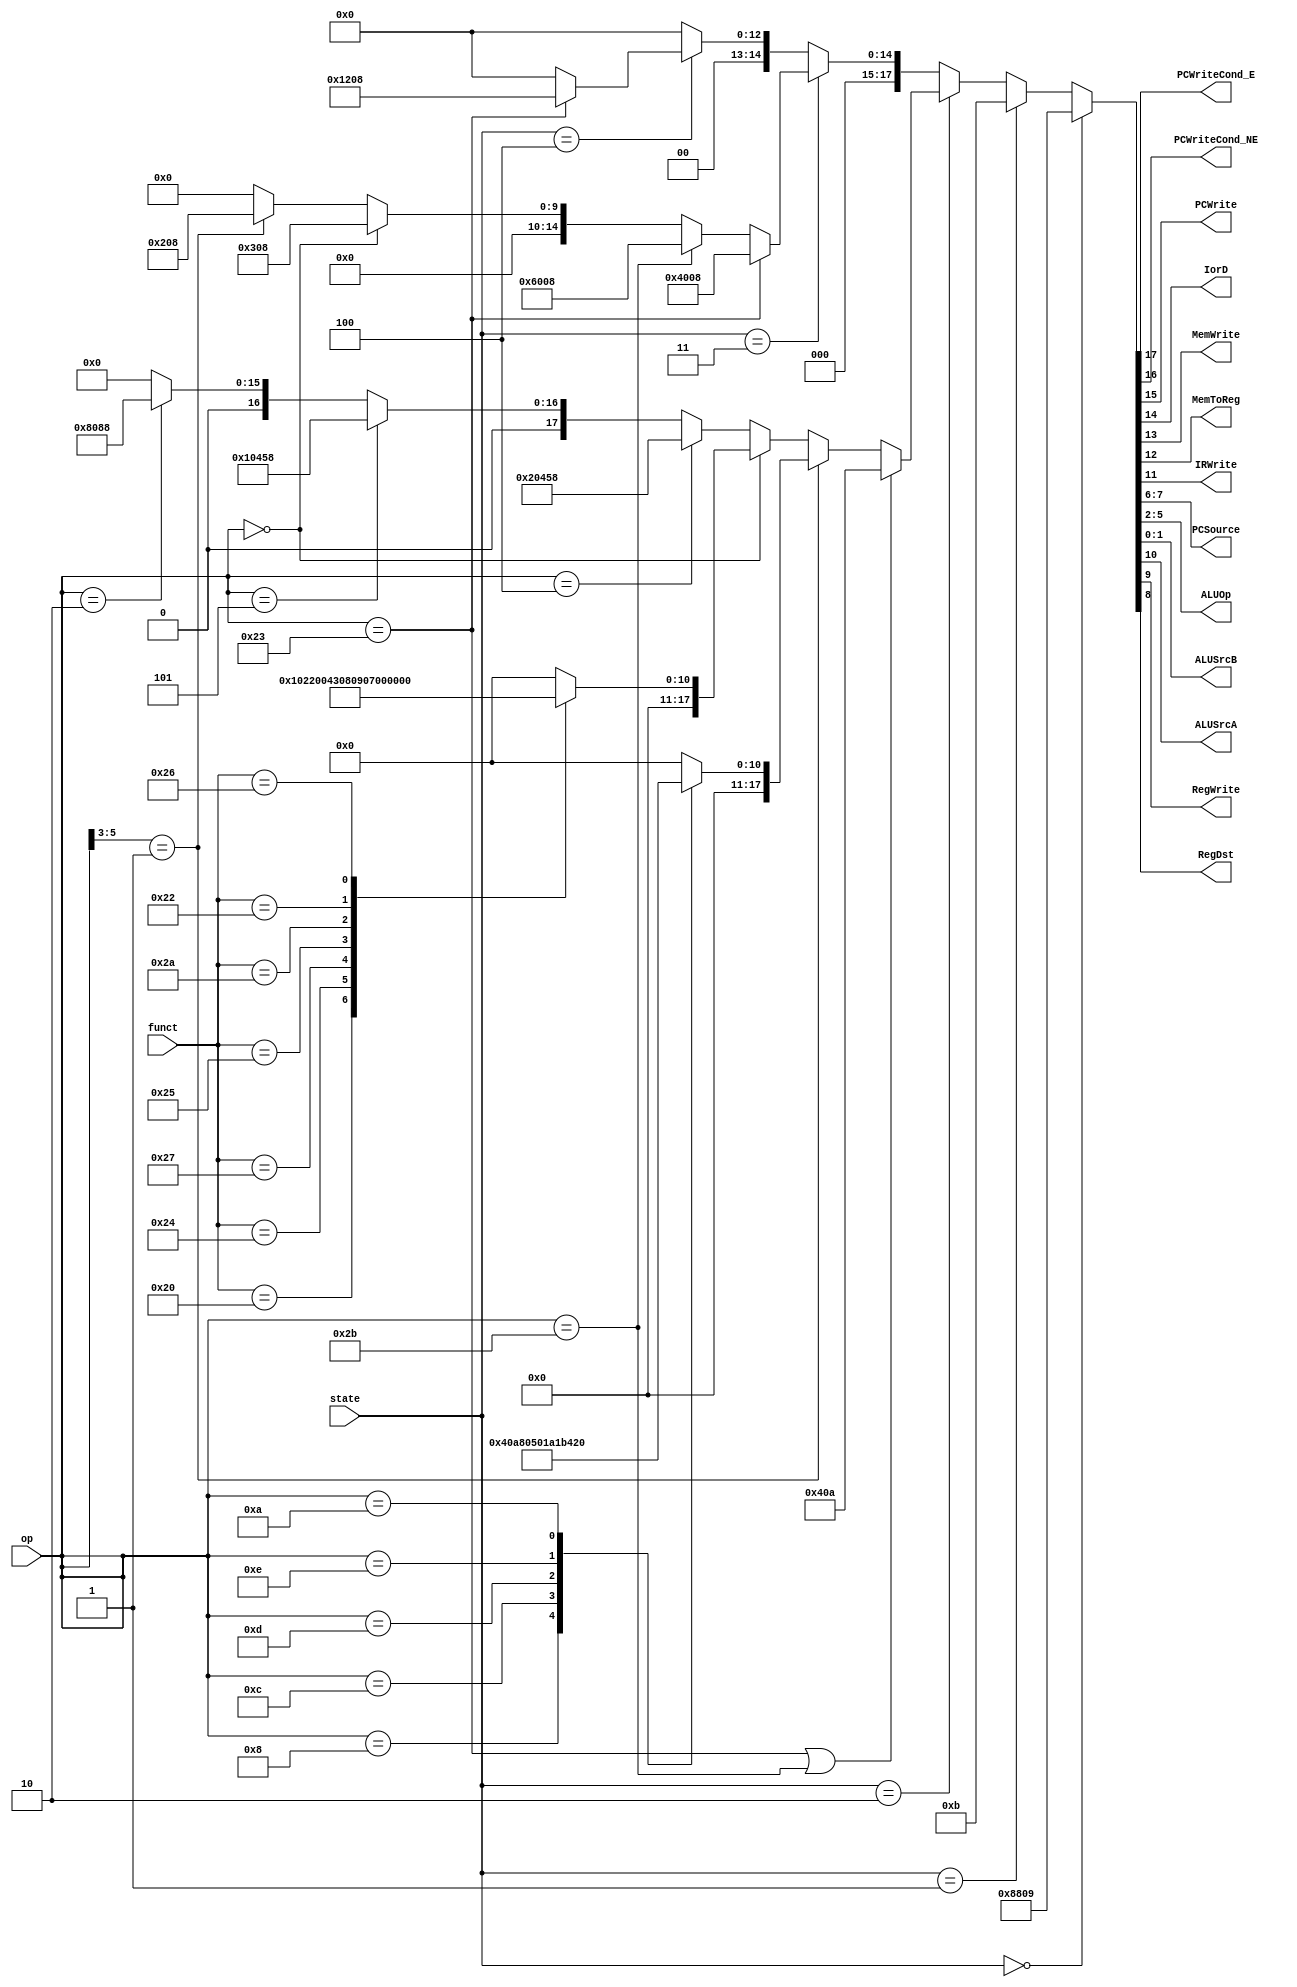
`timescale 1ns / 1ps
//////////////////////////////////////////////////////////////////////////////////
// Company: 
// Engineer: 
// 
// Design Name: 
// Module Name: Control_Unit
// Project Name: 
// Target Devices: 
// Tool Versions: 
// Description: 
// 
// Dependencies: 
// 
// Revision:
// Revision 0.01 - File Created
// Additional Comments:
// 
//////////////////////////////////////////////////////////////////////////////////


module Control_Unit(
    input [5:0]op,
    input [5:0]funct,
    input [2:0]state,
    output PCWriteCond_E,PCWriteCond_NE,PCWrite,IorD,MemWrite,MemToReg,IRWrite,
    output [1:0]PCSource,
    output [3:0]ALUOp,
    output [1:0]ALUSrcB,
    output ALUSrcA,RegWrite,RegDst
    );
    
    parameter I=3'b000;
    parameter II=3'b001;
    parameter III=3'b010;
    parameter IV=3'b011;
    parameter V=3'b100;
    
    parameter AND=4'b0000;
    parameter OR=4'b0001;
    parameter ADD=4'b0010;
    parameter SUB=4'b0110;
    parameter SLT=4'b0111;
    parameter NOR=4'b1100;
    parameter XOR=4'b1101;
    
    parameter ADD_f=6'b100000;
    parameter AND_f=6'b100100;
    parameter NOR_f=6'b100111;
    parameter OR_f=6'b100101;
    parameter SLT_f=6'b101010;
    parameter XOR_f=6'b100110;
    parameter SUB_f=6'b100010;
    
    parameter SW=6'b101011;
    parameter LW=6'b100011;
    parameter Rtype=6'b000000;
    parameter BEQ=6'b000100;
    parameter BNE=6'b000101;
    parameter J=6'b000010;
    parameter ADDI=6'b001000;
    parameter ANDI=6'b001100;
    parameter ORI=6'b001101;
    parameter XORI=6'b001110;
    parameter SLTI=6'b001010;
    parameter Imm=3'b001;
    
    reg  [17:0]signal;
    assign {PCWriteCond_E,PCWriteCond_NE,PCWrite,IorD,MemWrite,MemToReg,IRWrite,ALUSrcA,RegWrite,RegDst,PCSource,ALUOp,ALUSrcB}=signal;
    
    always @ (state)
    begin
        if (state==I)
        begin
            signal=18'b001000100000001001;
        end
        else if (state==II)
        begin
            signal=18'b000000000000001011;
        end
        else if (state==III)
        begin
            if (op == LW || op == SW)
            begin
                signal=18'b000000010000001010;
            end
            else if (op[5:3]==Imm)//PCWriteCond_E,PCWriteCond_NE,PCWrite,IorD,MemWrite,MemToReg,IRWrite,ALUSrcA,RegWrite,RegDst,PCSource,ALUOp,ALUSrcB
            begin
                case(op)
                    ADDI:signal=18'b000000010000001010;
                    ANDI:signal=18'b000000010000000010;
                    ORI:signal=18'b000000010000000110;
                    XORI:signal=18'b000000010000110110;
                    SLTI:signal=18'b000000010000011110;
                    default:signal=18'd0;
                endcase
            end
            else if (op == Rtype)
            begin
                case(funct)
                    ADD_f:signal=18'b000000010000001000;
                    AND_f:signal=18'b000000010000000000;
                    NOR_f:signal=18'b000000010000110000;
                    OR_f:signal=18'b000000010000000100;
                    SLT_f:signal=18'b000000010000011100;
                    SUB_f:signal=18'b000000010000011000;
                    XOR_f:signal=18'b000000010000110100;
                    default:signal=18'd0;
                endcase
            end
            else if (op == BEQ)
            begin
                signal=18'b100000010001011000;
            end
            else if (op == BNE)
            begin
                signal=18'b010000010001011000;
            end
            else if (op == J)//PCWriteCond_E,PCWriteCond_NE,PCWrite,IorD,MemWrite,MemToReg,IRWrite,ALUSrcA,RegWrite,RegDst,PCSource,ALUOp,ALUSrcB
            begin
                signal=18'b001000000010001000;
            end
            else 
            begin
                signal=18'd0;
            end
        end
        else if (state==IV)
        begin
            if (op == LW)
            begin
                signal=18'b000100000000001000;
            end
            else if (op == SW)
            begin
                signal=18'b000110000000001000;
            end
            else if (op == Rtype)//PCWriteCond_E,PCWriteCond_NE,PCWrite,IorD,MemWrite,MemToReg,IRWrite,ALUSrcA,RegWrite,RegDst,PCSource,ALUOp,ALUSrcB
            begin
                signal=18'b000000001100001000;
            end
            else if (op[5:3] ==Imm) 
            begin
                signal=18'b000000001000001000;
            end
            else 
            begin
                signal=18'd0;
            end
        end
        else if (state==V)
        begin
            if (op == LW)
            begin
                signal=18'b000001001000001000;
            end
            else 
            begin
                signal=18'd0;
            end
        end
        else
        begin
            signal=18'd0;
        end
    end
    
endmodule